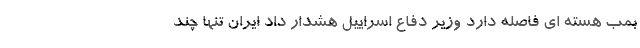
بمب هسته ای فاصله دارد وزیر دفاع اسراییل هشدار داد ایران تنها چند